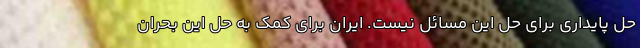
حل پایداری برای حل این مسائل نیست. ایران برای کمک به حل این بحران